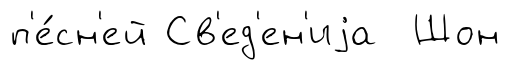
п'е́сн'ей Св'ед'ен'иjа Шон